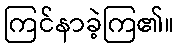
ကြင်နာခဲ့ကြ၏။